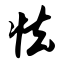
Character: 怯